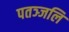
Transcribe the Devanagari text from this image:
पतञ्‍जलि